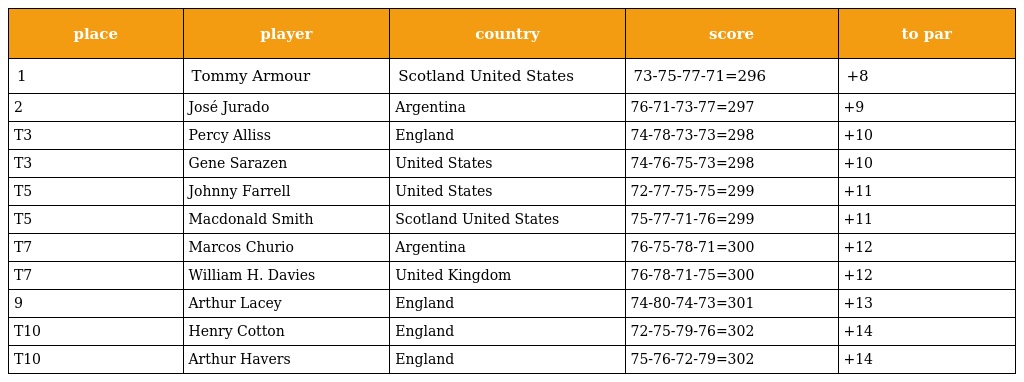
| place | player | country | score | to par |
 | --- | --- | --- | --- | --- |
 | 1 | Tommy Armour | Scotland United States | 73-75-77-71=296 | +8 |
 | 2 | José Jurado | Argentina | 76-71-73-77=297 | +9 |
 | T3 | Percy Alliss | England | 74-78-73-73=298 | +10 |
 | T3 | Gene Sarazen | United States | 74-76-75-73=298 | +10 |
 | T5 | Johnny Farrell | United States | 72-77-75-75=299 | +11 |
 | T5 | Macdonald Smith | Scotland United States | 75-77-71-76=299 | +11 |
 | T7 | Marcos Churio | Argentina | 76-75-78-71=300 | +12 |
 | T7 | William H. Davies | United Kingdom | 76-78-71-75=300 | +12 |
 | 9 | Arthur Lacey | England | 74-80-74-73=301 | +13 |
 | T10 | Henry Cotton | England | 72-75-79-76=302 | +14 |
 | T10 | Arthur Havers | England | 75-76-72-79=302 | +14 |